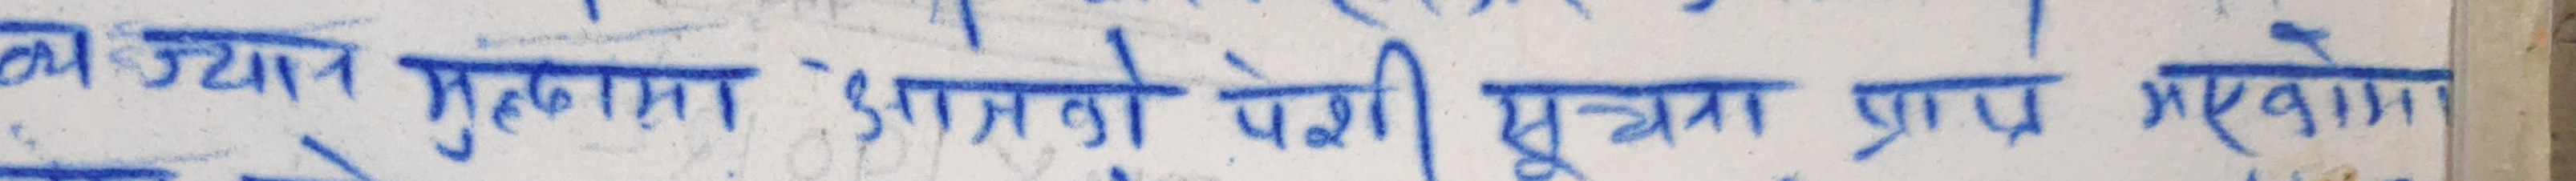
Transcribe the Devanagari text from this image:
व्य उदय मुलगानि आगो पेसी सूचना प्राप गराएको